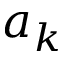
a _ { k }